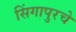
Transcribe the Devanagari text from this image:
सिंगापुरचे